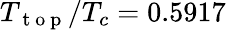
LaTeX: T_{\mathrm{~t~o~p~}}/T_{c}=0.5917